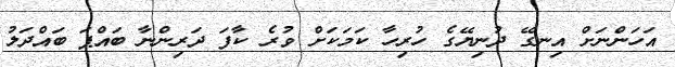
އަހަންނަށް އިނގޭ ދުނިޔޭގެ ހުރިހާ ކަމަކަށް ވުރެ ކާފަ ދަރިންނާ ބައްޕަ ބައްދަލު